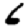
Digit: 6